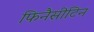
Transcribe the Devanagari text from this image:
फिनैसीटिन